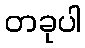
တခုပါ